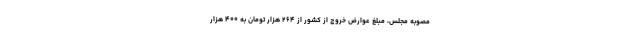
مصوبه مجلس، مبلغ عوارض خروج از کشور از ۲۶۴ هزار تومان به ۴۰۰ هزار